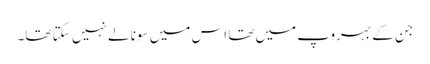
جن کے بہروپ میں تھا اس میں سونا لے نہیں سکتا تھا۔